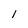
Character: I